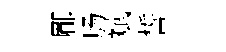
郿肠斌誓